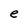
Character: e